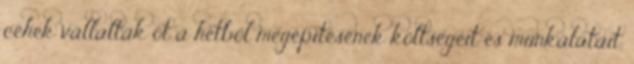
céhek vállalták öt a hétből megépítésének költségeit és munkálatait,